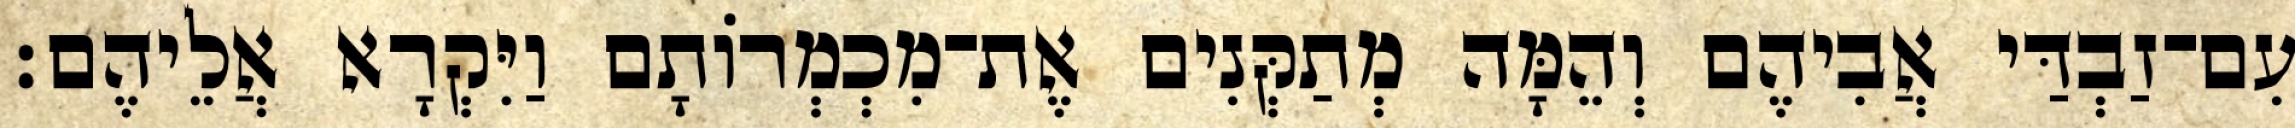
עִם־זַבְדַּי אֲבִיהֶם וְהֵמָּה מְתַקְּנִים אֶת־מִכְמְרוֹתָם וַיִּקְרָא אֲלֵיהֶם׃